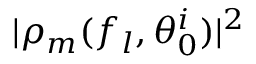
| \rho _ { m } ( f _ { l } , \theta _ { 0 } ^ { i } ) | ^ { 2 }